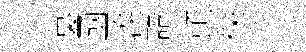
裏凾涘語頭侏